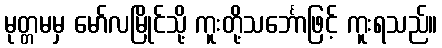
မုတ္တမမှ မော်လမြိုင်သို့ ကူးတို့သင်္ဘောဖြင့် ကူးရသည်။